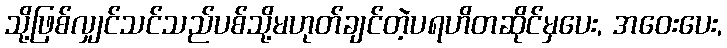
သို့ဖြစ်လျှင်သင်သည်ပစ်သို့မဟုတ်ချင်တဲ့ပရဟိတဆိုင်မှပေး, အဝေးပေး,